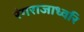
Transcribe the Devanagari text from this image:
रंगराजाध्वरि